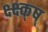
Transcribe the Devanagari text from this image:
क्ष्क्ष्क्ष्